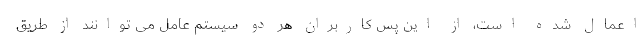
اعمال شده است، از این پس کاربران هر دو سیستم عامل می توانند از طریق